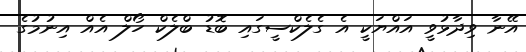
އޭނާ ވިދާޅުވީ އައްޔަކީ އެ ގެލެކްސީގައި ބޮޑު ބްލެކް ހޯލް އެއް އިނުމުގެ